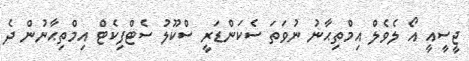
ޖީސީއީ އޯ ލެވެލް އިމްތިޙާނު ނުވަތަ ސެކަންޑަރީ ސްކޫލު ސެޓްފިކެޓް އިމްތިޙާނުން ދެ